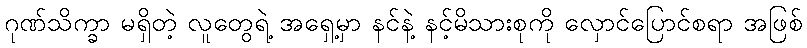
ဂုဏ်သိက္ခာ မရှိတဲ့ လူတွေရဲ့ အရှေ့မှာ နင်နဲ့ နင့်မိသားစုကို လှောင်ပြောင်စရာ အဖြစ်